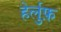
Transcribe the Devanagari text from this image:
हेर्लुफ़